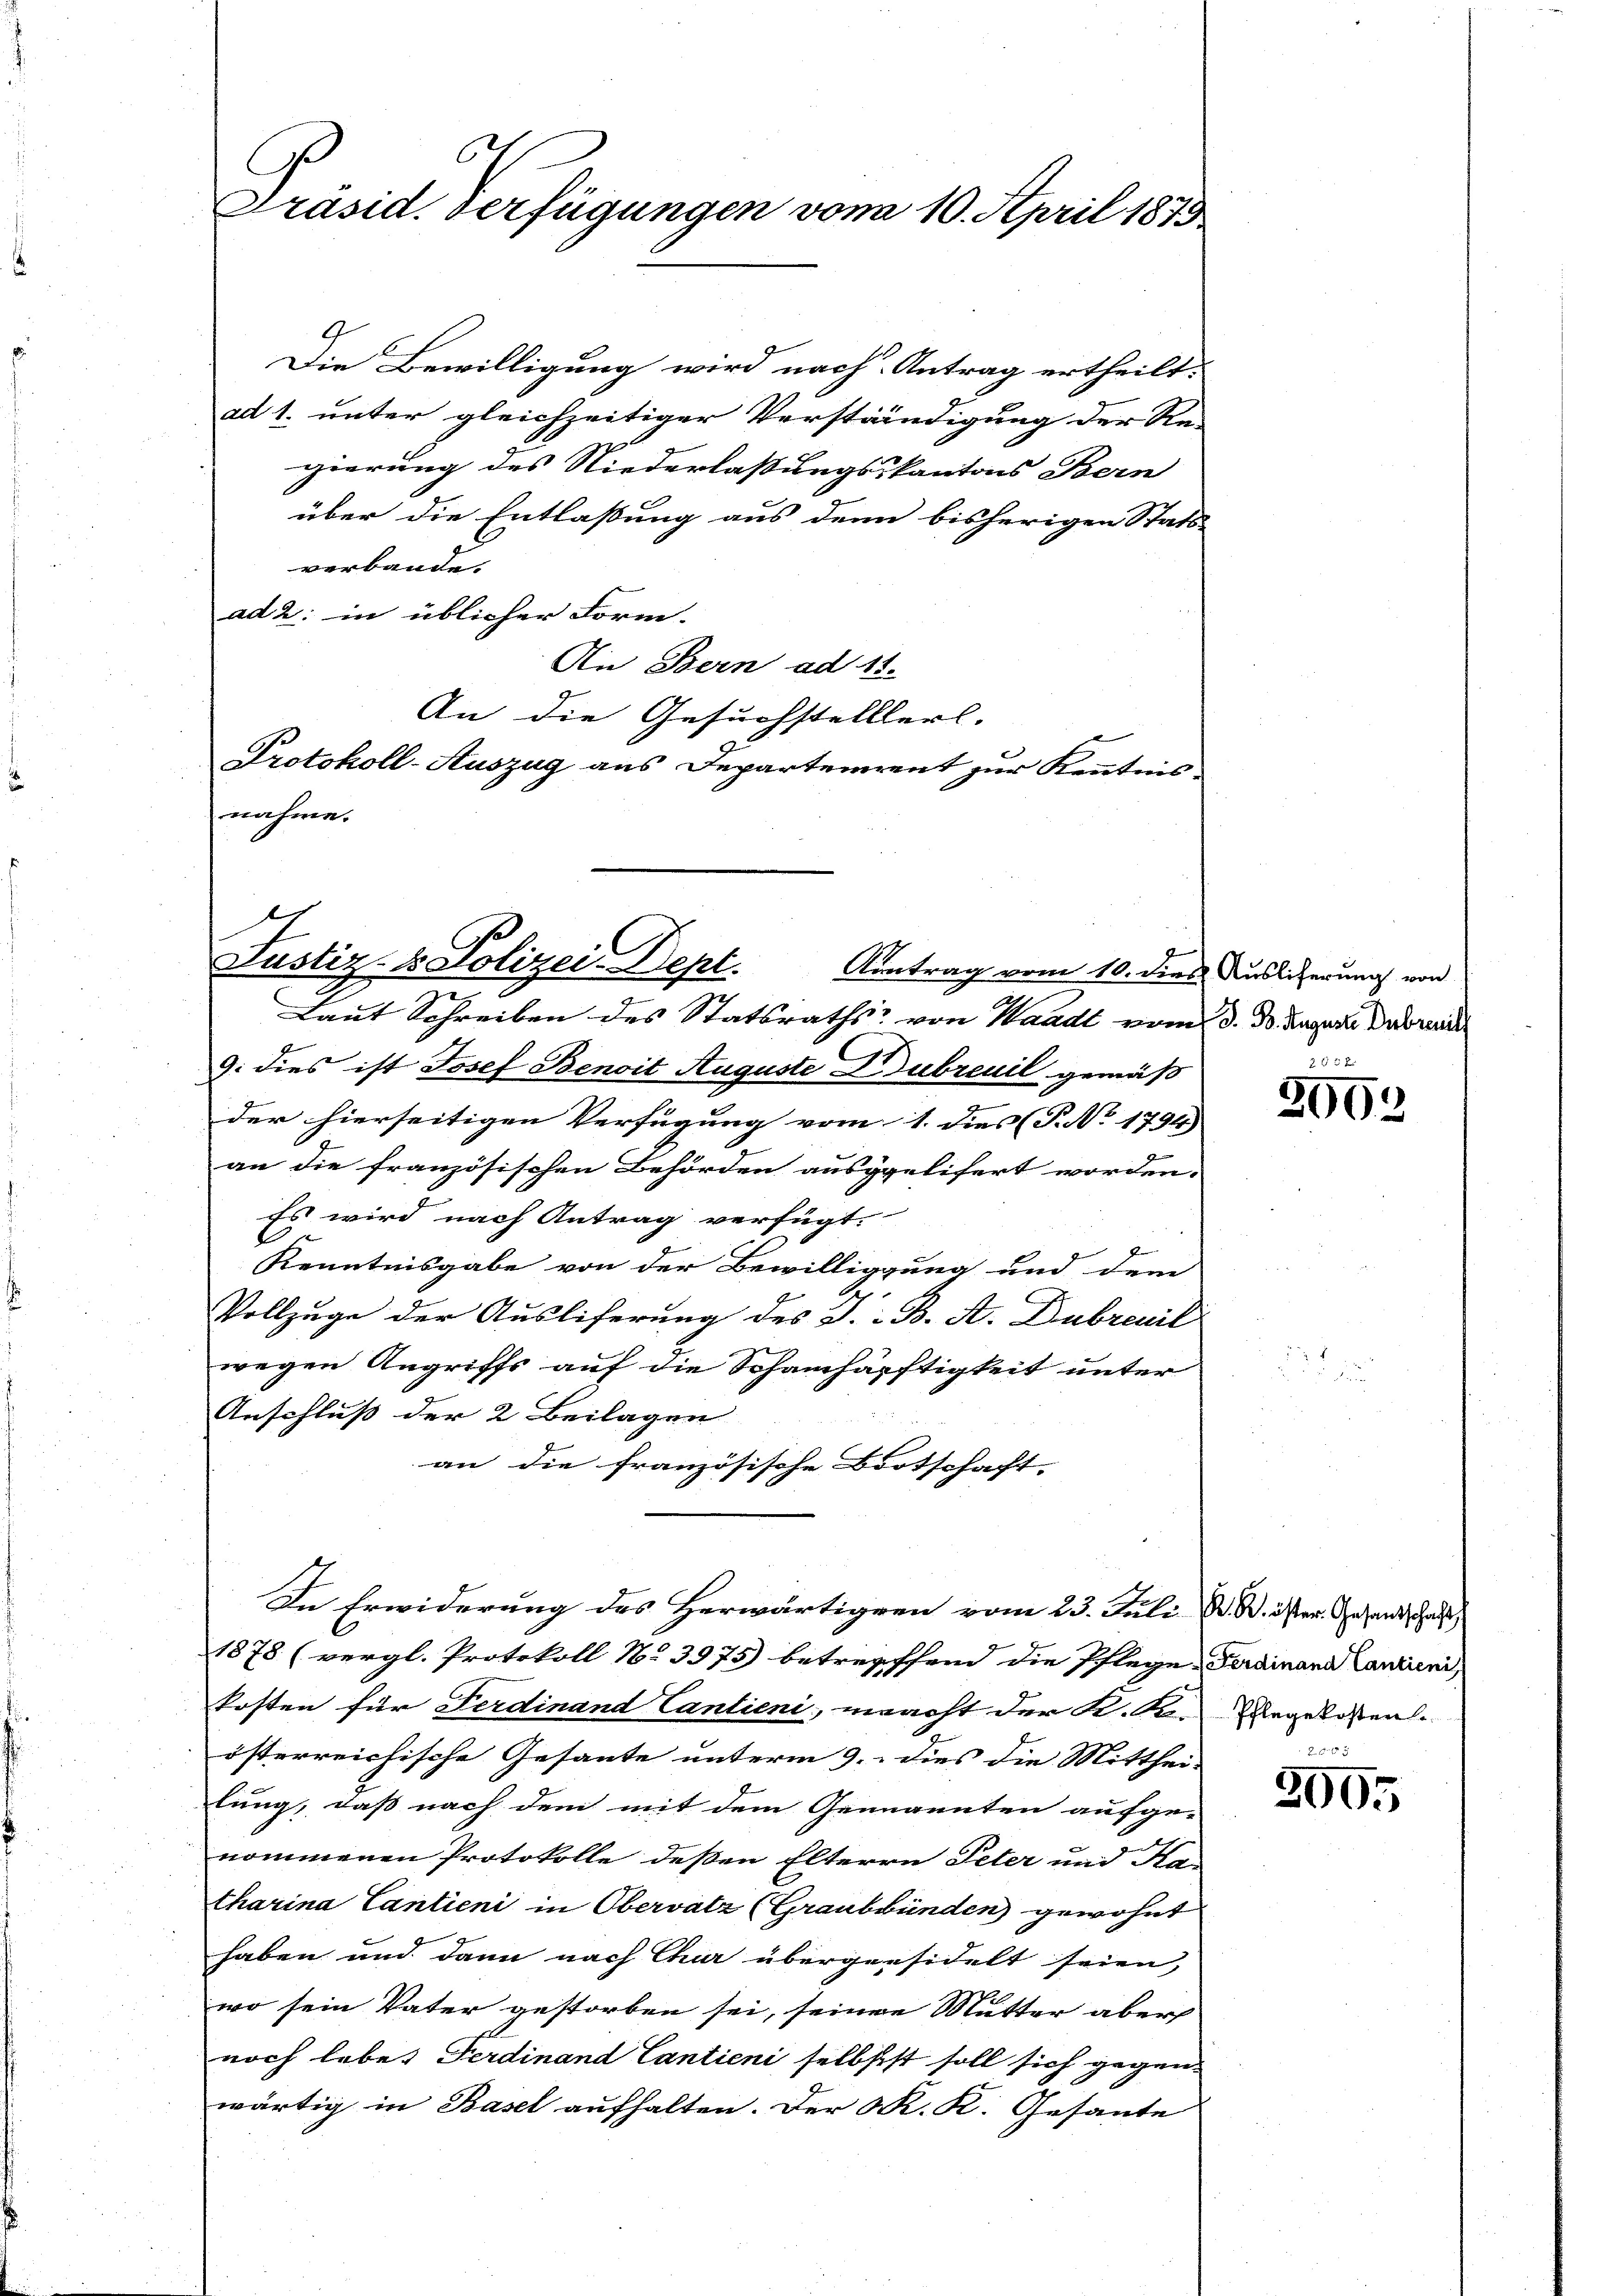
t
Präsid.
erfügungen vom 10. April 1873

Die Bewilligung wird nach Antrag ertheilt.
ad 1. unter gleichzeitiger Verständigung der Re-
gierung des Niederlassungskantons Bern
über die Entlaßung aus denn bisherigen Stats-
verbande.
ad 2: in üblicher Form.
Die Bern ad 11.
An die Gesuchstelllerl.
Protokoll-Auszug aus Departement zur Kenntnis
nahme.

n
Justiz- & Polizei-Dept.
Aantrag vom 10. dies

Laut Schreiben des Statsraths von Waadt vom d. d. August Dubrente
9. dies ist Josef Benoit Auguste Dubreuil gemäß
der hierseitigen Verfügung vom 1. dies (T. No 1794)
an die französischen Behörden ausgelifert worden.
Es wird nach Antrag verfügt:
1
Kenntnisgabe von der Bewilligung und dem
Vollzuge der Ausliferung des J. B. A. Dubrenil
wegen Angriffs auf die Schamchäftigkeit unter
Anschluß der 2 Beilagen
an die französische Bootschaft. |
1878 (vergl. Protokoll No 3975) betreffend die Pflege Ferdinand Canzlini
kosten für Ferdinand Cantieni, macht der K. Fi-
österreichische Gesante unterm 9. dies die Mittheilung, daß nach dem mit dem Genannten aufge-
nommenen Protokolle deßen Elterrn Peter und Ka-
tharina Cantieni in Obervatz (Graubünden gewohnt
haben und dann nach Chur übergeesidelt seien,
wo sein Vater gestorben sei, seine Mutter aber
noch lebes Ferdinand Cantieni selbstst soll sich gegen-
wärtig in Basel aufhalten. Der K. K. Gesante

In Erwiderung des Herwärtigen vom 23. Juli K. W. öster Gesandtschaft

Auslieferung von

2003

Pflegekosten.
B. Fr. 183

3005